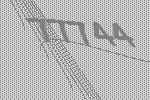
77744